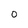
Character: O